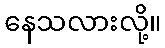
နေသလားလို့။